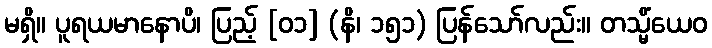
မရှိ။ ပူရယမာနောပိ၊ ပြည့် [၀၁] (နိ၊ ၁၅၁) ပြန်သော်လည်း။ တသ္မိံယေဝ